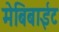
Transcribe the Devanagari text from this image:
मेबिबाईट